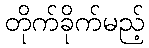
တိုက်ခိုက်မည့်